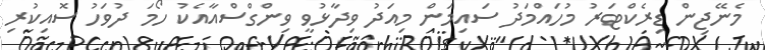
މެނޭޖިން ޑިރެކްޓަރު މުހައްމަދު ސައިމަން މިއަދު ވިދާޅުވީ ވިންގްސްއާއެކު ހޯމަ ދުވަހު ސޮއިކުރި